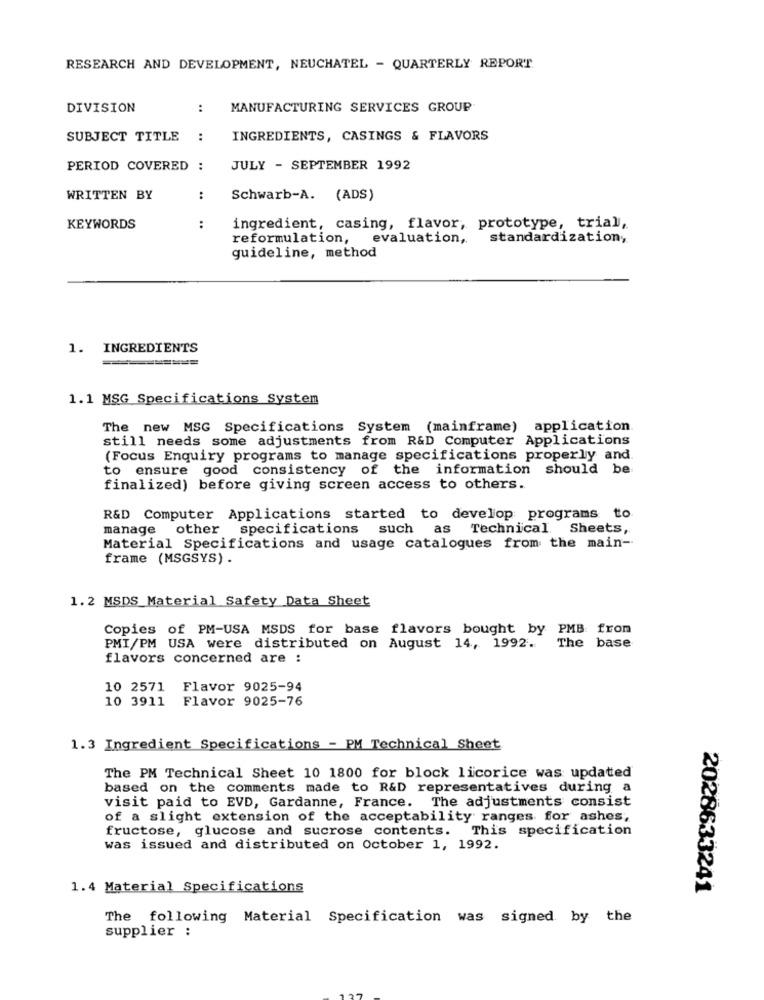
RESEARCH AND DEVELOPMENT, NEUCHATEL - QUARTERLY REPORT
DIVISION
:
MANUFACTURING SERVICES GROUP
SUBJECT TITLE
:
INGREDIENTS, CASINGS & FLAVORS
PERIOD COVERED :
JULY - SEPTEMBER 1992
WRITTEN BY
:
Schwarb-A. (ADS)
KEYWORDS
:
ingredient, casing, flavor, prototype, trial,
reformulation,
evaluation,
standardization,
guideline, method
1. INGREDIENTS
1.1 MSG Specifications System
The new MSG Specifications System (mainframe) application
still needs some adjustments from R&D Computer Applications
(Focus Enquiry programs to manage specifications properly and.
to ensure good consistency of the information should be
finalized) before giving screen access to others.
R&D Computer Applications started to develop programs to
manage other specifications such as Technical Sheets,
Material Specifications and usage catalogues from the main-
frame (MSGSYS) .
1. 2 MSDS_Material Safety Data Sheet
Copies of PM-USA MSDS for base flavors bought by PMB from
PMI/PM USA were distributed on August 14, 1992.
The base
flavors concerned are :
10 2571 Flavor 9025-94
10 3911 Flavor 9025-76
1.3 Ingredient Specifications - PM Technical Sheet
The PM Technical Sheet 10 1800 for block licorice was updated
based on the comments made to R&D representatives during a
visit paid to EVD, Gardanne, France. The adjustments consist
of a slight extension of the acceptability ranges for ashes,
fructose, glucose and sucrose contents. This specification
was issued and distributed on October 1, 1992.
1.4 Material Specifications
2028633241
The following Material Specification was signed by the
supplier :